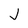
Character: J